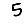
Digit: 5